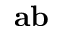
\mathbf a \mathbf b